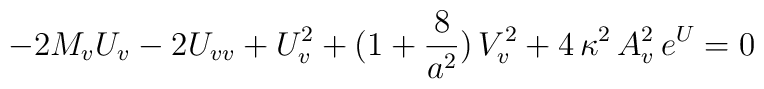
-2M_{v}U_{v}-2U_{vv}+U_{v}^{2}+(1+{8 \over a^{2}})\,V_{v}^{2}+4\,\kappa^{2}\,A_{v}^{2}\,e^{U}=0